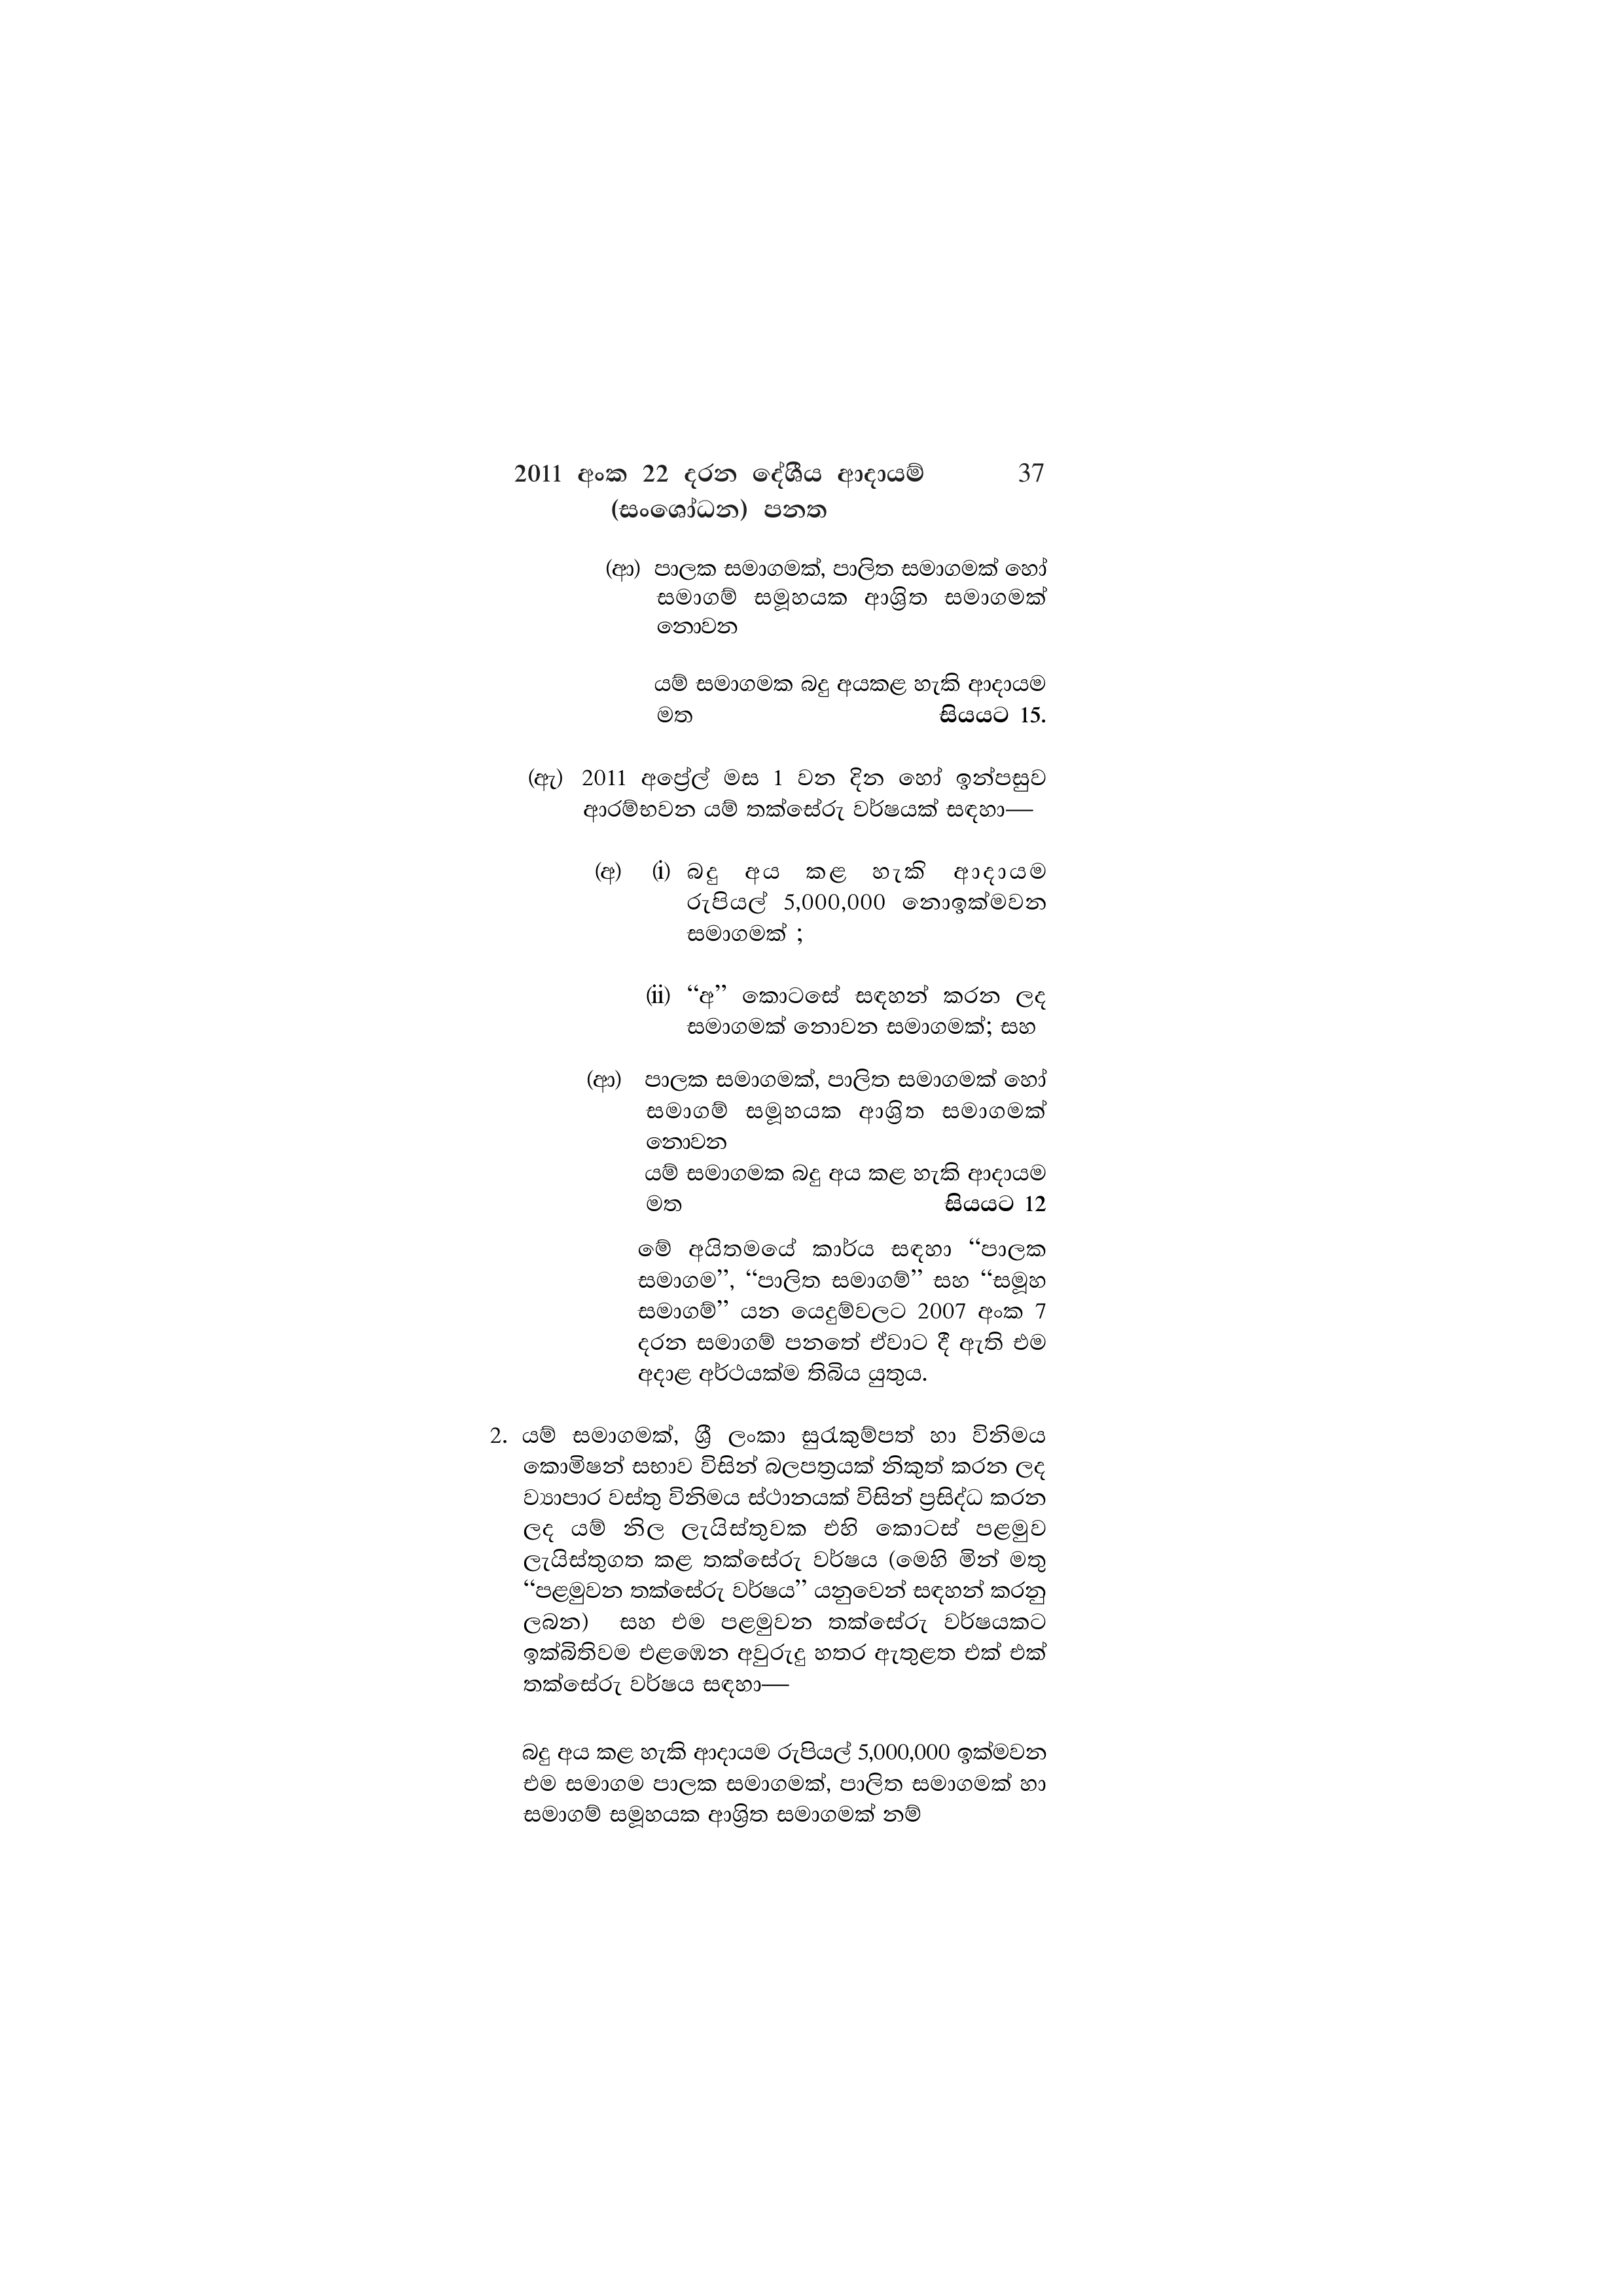
2011 අංක 22 දරන දේශීය ආදායම් 37
(සංශෝධන) පනත

(ආ) පාලක සමාගමක්, පාලිත සමාගමක් හෝ
සමාගම් සමූහයක ආශ්‍රිත සමාගමක්
නොවන

යම් සමාගමක බදු අයකළ හැකි ආදායම
මත සියයට 15.

(ඇ) 2011 අප්‍රේල් මස 1 වන දින හෝ ඉන්පසුව
ආරම්භවන යම් තක්සේරු වර්ෂයක් සඳහා—

(අ) (i) බදු අය කළ හැකි ආදායම
රුපියල් 5,000,000 නොඉක්මවන
සමාගමක් ;

(ii) “අ” කොටසේ සඳහන් කරන ලද
සමාගමක් නොවන සමාගමක්; සහ

(ආ) පාලක සමාගමක්, පාලිත සමාගමක් හෝ
සමාගම් සමූහයක ආශ්‍රිත සමාගමක්
නොවන
යම් සමාගමක බදු අය කළ හැකි ආදායම
මත සියයට 12

මේ අයිතමයේ කාර්ය සඳහා “පාලක
සමාගම”, “පාලිත සමාගම්” සහ “සමූහ
සමාගම්” යන යෙදුම්වලට 2007 අංක 7
දරන සමාගම් පනතේ ඒවාට දී ඇති එම
අදාළ අර්ථයක්ම තිබිය යුතුය.

2. යම් සමාගමක්, ශ්‍රී ලංකා සුරැකුම්පත් හා විනිමය
කොමිෂන් සභාව විසින් බලපත්‍රයක් නිකුත් කරන ලද
ව්‍යාපාර වස්තු විනිමය ස්ථානයක් විසින් ප්‍රසිද්ධ කරන
ලද යම් නිල ලැයිස්තුවක එහි කොටස් පළමුව
ලැයිස්තුගත කළ තක්සේරු වර්ෂය (මෙහි මින් මතු
“පළමුවන තක්සේරු වර්ෂය” යනුවෙන් සඳහන් කරනු
ලබන) සහ එම පළමුවන තක්සේරු වර්ෂයකට
ඉක්බිතිවම එළඹෙන අවුරුදු හතර ඇතුළත එක් එක්
තක්සේරු වර්ෂය සඳහා—

බදු අය කළ හැකි ආදායම රුපියල් 5,000,000 ඉක්මවන
එම සමාගම පාලක සමාගමක්, පාලිත සමාගමක් හා
සමාගම් සමූහයක ආශ්‍රිත සමාගමක් නම්